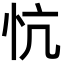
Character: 忼